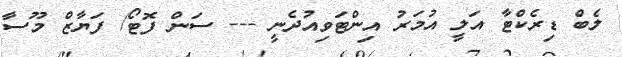
ލެބް ޑިރެކްޓާ އަލީ އުމަރު އިންޓަވިއުދެނީ --- ސަން ފޮޓޯ/ ފަޔާޒް މޫސާ